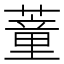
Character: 蕫